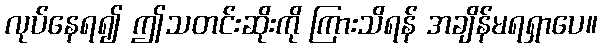
လုပ်နေရ၍ ဤသတင်းဆိုးကို ကြားသိရန် အချိန်မရရှာပေ။